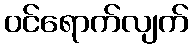
ဝင်ရောက်လျက်